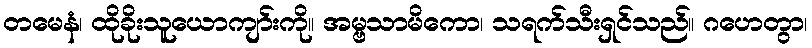
တမေနံ၊ ထိုခိုးသူယောကျာ်းကို။ အမ္ဗသာမိကော၊ သရက်သီးရှင်သည်။ ဂဟေတွာ၊